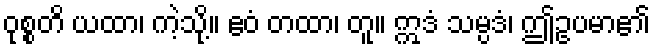
ဝုစ္စတိ ယထာ၊ ကဲ့သို့။ ဧဝံ တထာ၊ တူ။ ဣဒံ သမ္ပဒံ၊ ဤဥပမာ၏